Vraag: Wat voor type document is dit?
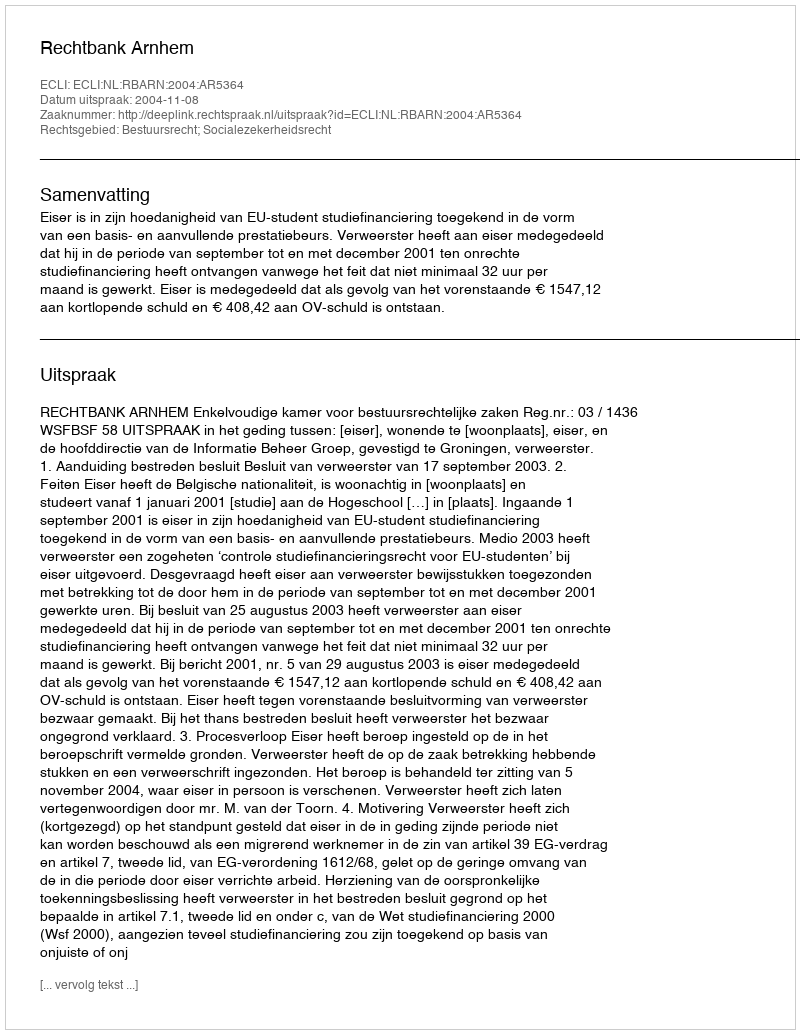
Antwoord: Uitspraak